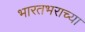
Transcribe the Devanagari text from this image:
भारतभराच्‍या